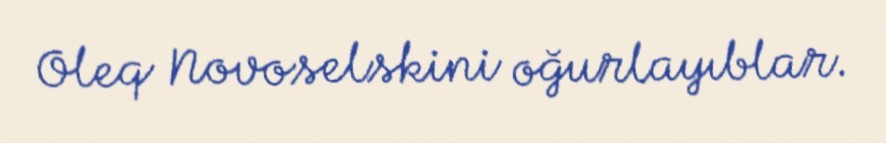
Oleq Novoselskini oğurlayıblar.